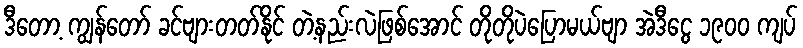
ဒီတော့ ကျွန်တော် ခင်ဗျားတတ်နိုင် တဲ့နည်းလဲဖြစ်အောင် တိုတိုပဲပြောမယ်ဗျာ အဲဒီငွေ ၁၉၀၀ ကျပ်